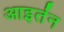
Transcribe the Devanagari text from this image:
आइर्तन